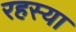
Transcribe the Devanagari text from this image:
रहस्या